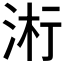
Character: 𬇪